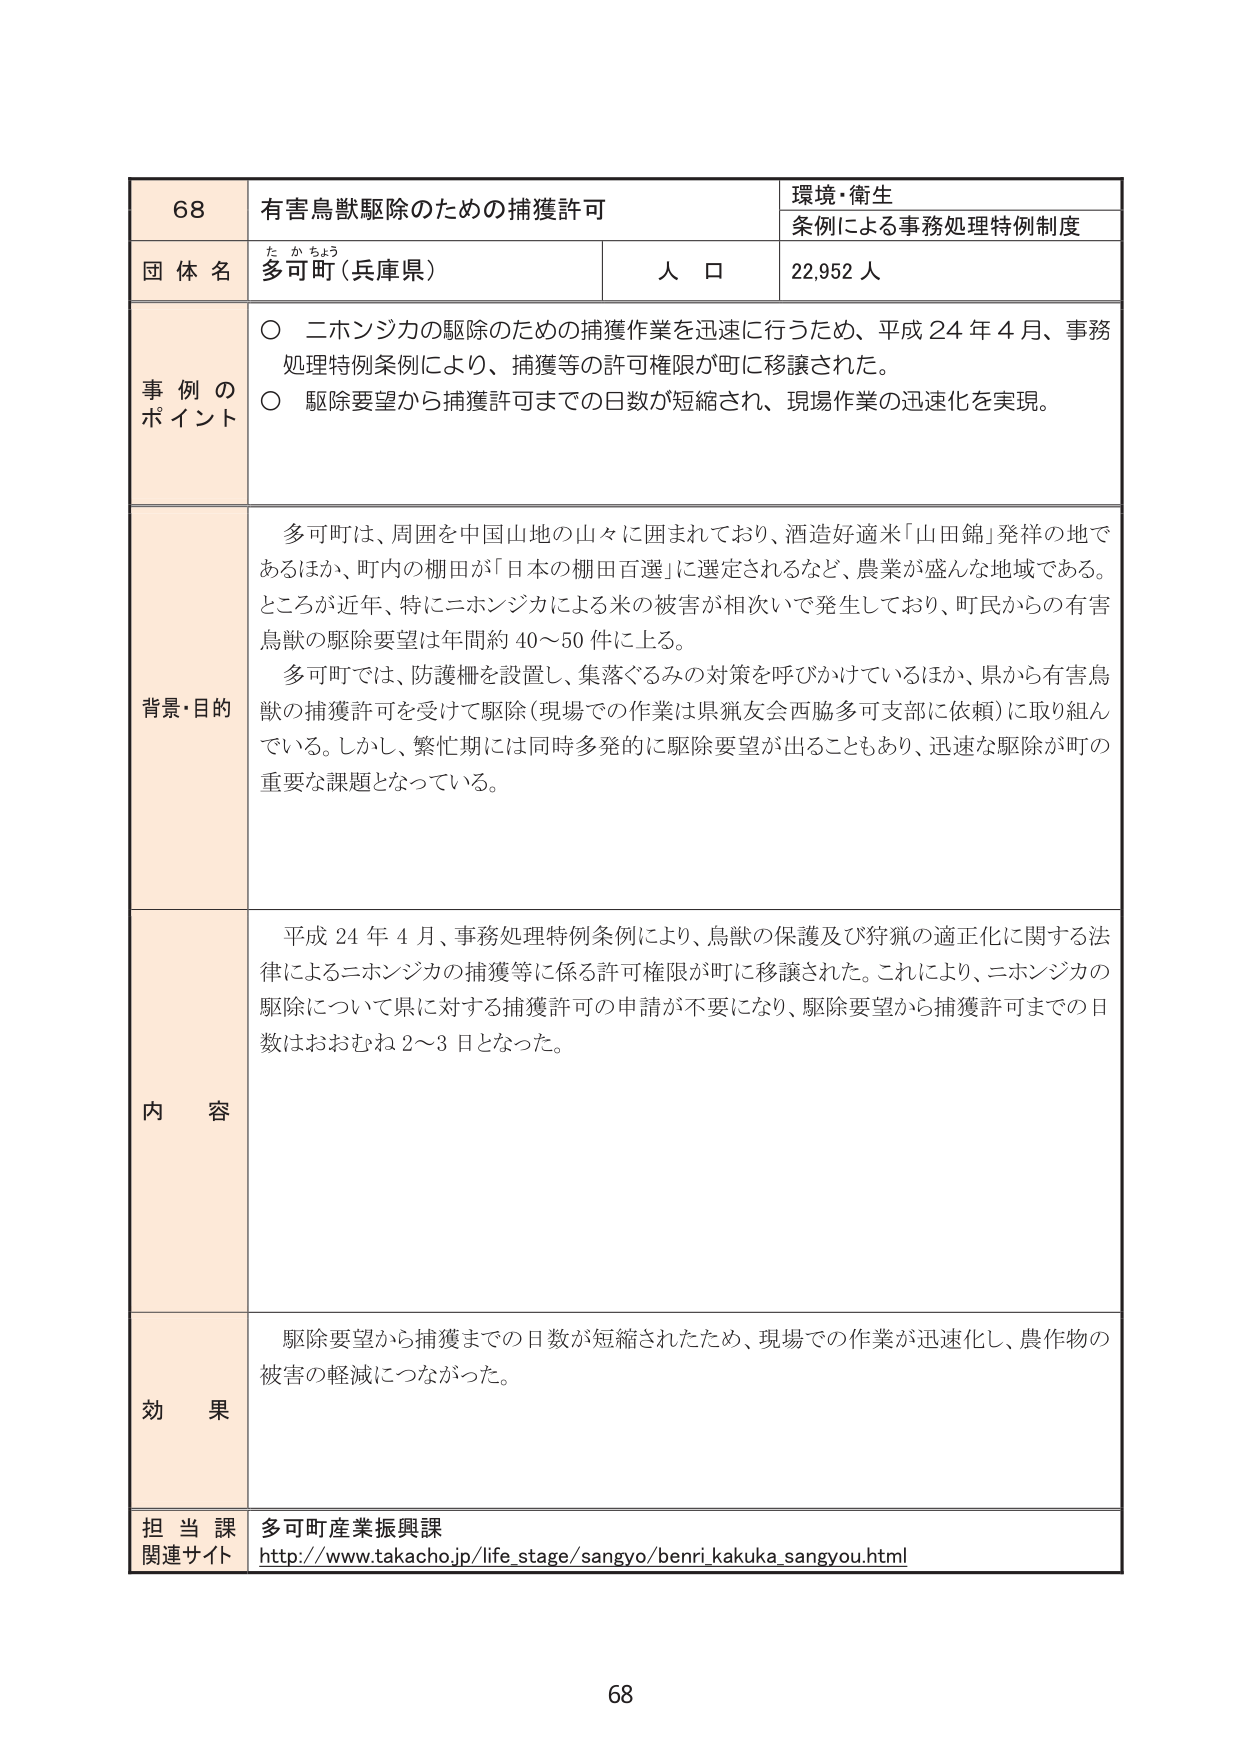
68
有害鳥獣駆除のための捕獲許可
環境・衛生
条例による事務処理特例制度

団体名
多可町（兵庫県）
人口
22,952人

事例のポイント
○ 二ホンジカの駆除のための捕獲作業を迅速に行うため、平成24年4月、事務処理特例条例により、捕獲等の許可権限が町に移譲された。
○ 駆除要望から捕獲許可までの日数が短縮され、現場作業の迅速化を実現。

背景・目的
多可町は、周囲を中国山地の山々に囲まれており、酒造好適米「山田錦」発祥の地であるほか、町内の棚田が「日本の棚田百選」に選定されるなど、農業が盛んな地域である。ところが近年、特に二ホンジカによる米の被害が相次いで発生しており、町民からの有害鳥獣の駆除要望は年間約40～50件に上る。
多可町では、防護柵を設置し、集落ぐるみの対策を呼びかけているほか、県から有害鳥獣の捕獲許可を受けて駆除（現場での作業は県猟友会西脇多可支部に依頼）に取り組んでいる。しかし、繁忙期には同時多発的に駆除要望が出ることもあり、迅速な駆除が町の重要な課題となっている。

内容
平成24年4月、事務処理特例条例により、鳥獣の保護及び狩猟の適正化に関する法律による二ホンジカの捕獲等に係る許可権限が町に移譲された。これにより、二ホンジカの駆除について県に対する捕獲許可の申請が不要になり、駆除要望から捕獲許可までの日数はおおむね2～3日となった。

効果
駆除要望から捕獲までの日数が短縮されたため、現場での作業が迅速化し、農作物の被害の軽減につながった。

担当課
多可町産業振興課
関連サイト
http://www.takacho.jp/life_stage/sangyo/benri_kakuka_sangyou.html

68